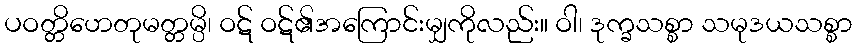
ပဝတ္တိဟေတုမတ္တမ္ပိ၊ ဝဋ် ဝဋ်၏အကြောင်းမျှကိုလည်း။ ဝါ၊ ဒုက္ခသစ္စာ သမုဒယသစ္စာ